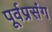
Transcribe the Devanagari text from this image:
पूर्वप्रसंग